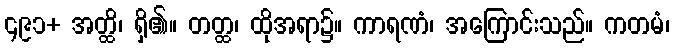
၄၉၁+ အတ္ထိ၊ ရှိ၏။ တတ္ထ၊ ထိုအရာ၌။ ကာရဏံ၊ အကြောင်းသည်။ ကတမံ၊